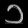
Digit: ၁